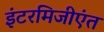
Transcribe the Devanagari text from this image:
इंटरमिजीएंत